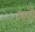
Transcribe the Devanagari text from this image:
धरौ